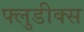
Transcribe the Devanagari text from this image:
फ्लुडीक्स